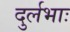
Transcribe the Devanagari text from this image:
दुर्लभाः